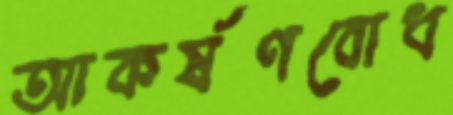
আকর্ষণবোধ